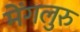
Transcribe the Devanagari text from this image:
मेंगलुरु